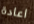
اعادة